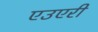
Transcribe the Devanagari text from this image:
एउएरी